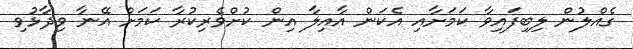
ގެއްލުން ލިބިފައިވާ ކަމަށާއި އެކަން އާއިލާ އިން ކުށްވެރިކުރާ ކަމަށް އޭނާ ވިދާޅުވި